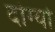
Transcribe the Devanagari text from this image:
दोग्यो